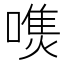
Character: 𰈭